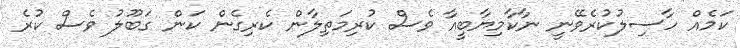
ކަމެއް ހާސިލުކުރެވޭނީ ނާކާމިޔާބީއާ ވެސް ކުރިމަތިލާން ކެރިގެން ކަން ގަބޫލު ވެސް ކުރެ